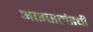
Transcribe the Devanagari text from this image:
आइसलंडची